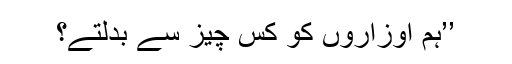
’’ہم اوزاروں کو کس چیز سے بدلتے؟